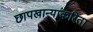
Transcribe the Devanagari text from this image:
छापखान्यांकरिता